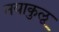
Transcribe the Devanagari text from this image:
नयाकुलू